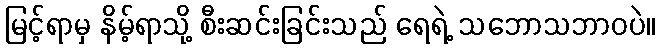
မြင့်ရာမှ နိမ့်ရာသို့ စီးဆင်းခြင်းသည် ရေရဲ့ သဘောသဘာဝပဲ။